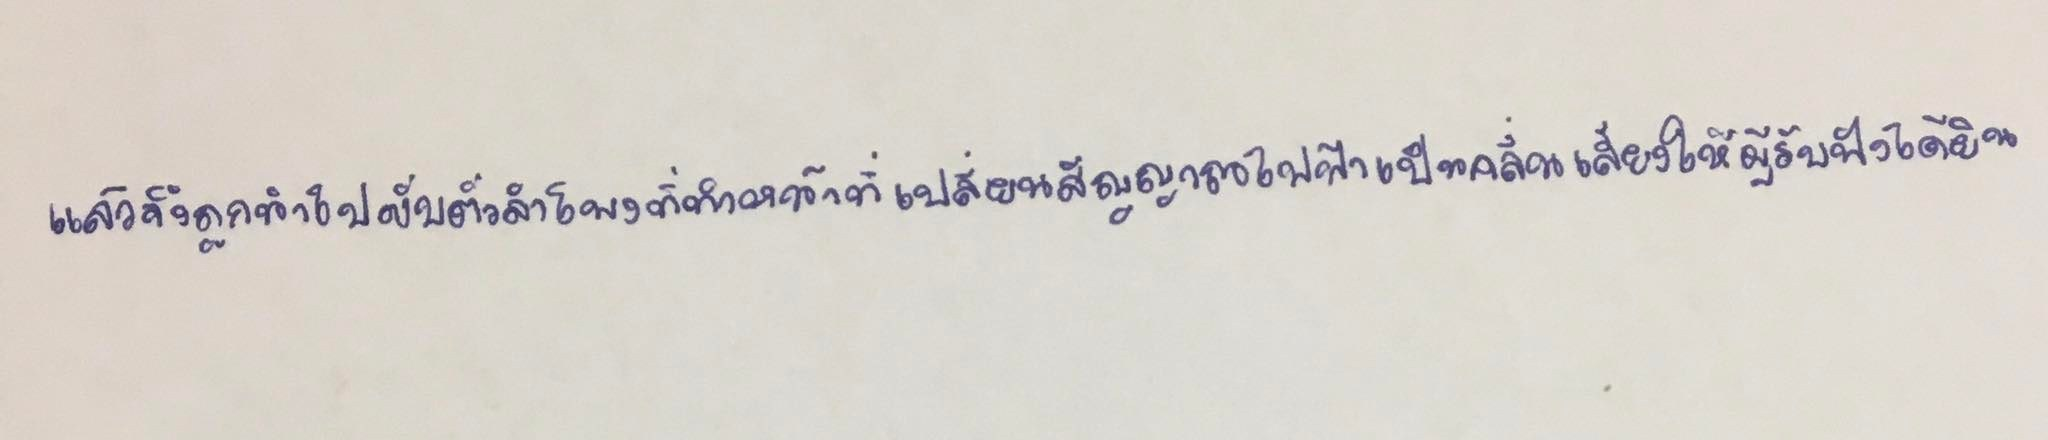
แล้วจึงถูกนำไปขับตัวลำโพงที่ทำหน้าที่เปลี่ยนสัญญาณไฟฟ้าเป็นคลื่นเสียงให้ผู้รับฟังได้ยิน